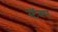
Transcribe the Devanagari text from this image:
स्टॅक्स